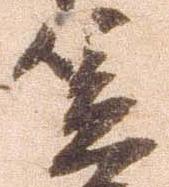
笠